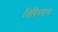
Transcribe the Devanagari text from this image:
त्रिविधशब्द